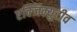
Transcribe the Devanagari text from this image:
एक्जिक्युटीव